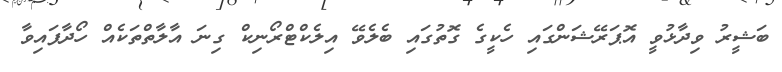
ބަޝީރު ވިދާޅުވީ އޮޕަރޭޝަންގައި ހެކީގެ ގޮތުގައި ބެލެވޭ އިލެކްޓްރޯނިކް ގިނަ އާލާތްތަކެއް ހޯދާފައިވާ